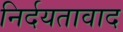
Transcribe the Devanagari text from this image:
निर्दयतावाद